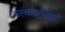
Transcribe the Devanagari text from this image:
चालवणाऱ्यासाठी